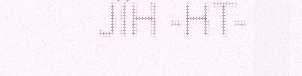
JÏH -HT-